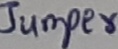
Text: Jumper